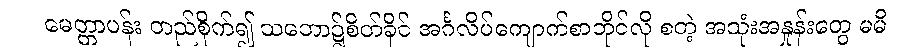
မေတ္တာပန်း တည်စိုက်၍ သဘော၌စိတ်ခိုင် အင်္ဂလိပ်ကျောက်စာတိုင်လို စတဲ့ အသုံးအနှုန်းတွေ မမိ